Sketch of the medical history of the native army of Bombay, for the year
Year: 1872
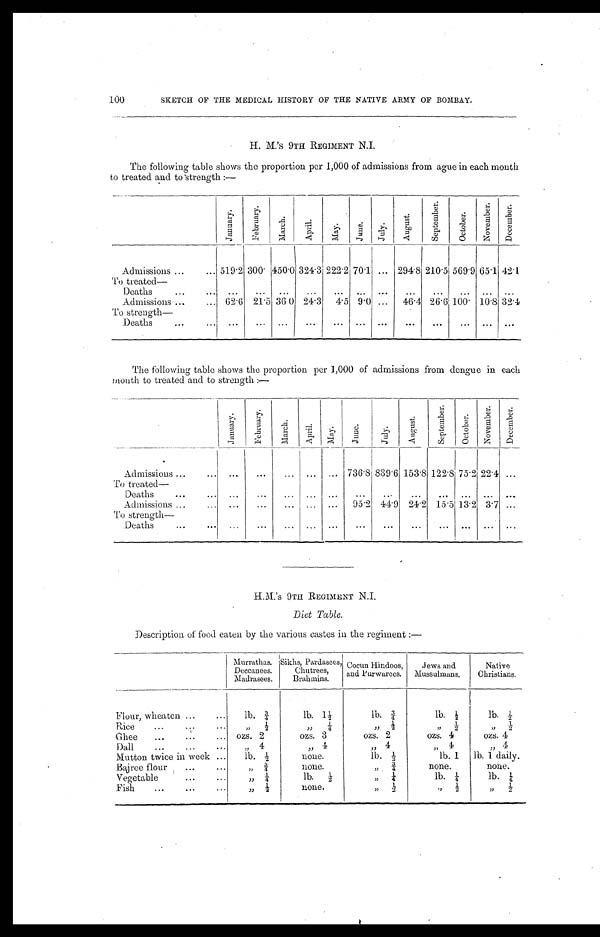
100
SKETCH OF THE MEDICAL HISTORY OF THE NATIVE ARMY OF BOMBAY.
H. M.'S 9TH REGIMENT N.I.
The following table shows the proportion per 1,000 of admissions from ague in each month
to treated and to strength:—
J a n u a r y .
F e b r u a r y .
M a r c h .
A p r i l .
May.
J u n e .
J u l y .
A u g u s t .
S e p t e m b e r .
O c t o b e r .
N o v e m b e r .
D e c e m b e r .
Admissions . . . 519.2 300. 450.0 324.3 222.2 70.1
. . . 294.8 210.5 569.9 65.1 42.1
To treated
—
Deaths . . .
. . .
. . .
. . .
. . .
. . . . . .
. . .
. . .
. . .
. . .
. . .
. . .
Admissions . . . 62.6 21.5 36.0 24.3
4.5 9.0
. . .
46.4 26.6 100. 10.8 32.4
To strength—
Deaths . . .
. . .
. . .
. . .
. . .
. . . . . .
. . .
. . .
. . .
. . .
. . .
. . .
The following table shows the proportion per 1,000 of admissions from dengue in each
month to treated and to strength:—
J a n u a r y .
F e b r u a r y .
M a r c h
A p r i l .
M a y .
J u n e .
July.
A u g u s t .
S e p t e m b e r .
O c t o b e r
N o v e m b e r .
D e c e m b e r .
Admissions . . .
. . .
. . .
. . .
. . .
. . .
736.8 839.6 153.8 122.8 75.2 22.4
. . .
To treated—
Deaths . . .
. . .
. . .
. . .
. . .
. . .
. . .
. . .
. . .
. . .
. . .
. . .
. . .
Admissions . . .
. . .
. . .
. . .
. . .
. . .
95.2 44.9 24.2 15.5 13.2 3.7
. . .
To strength—
Deaths . . .
. . .
. . .
. . .
. . .
. . .
. . .
. . .
. . .
. . . . . .
. . .
. . .
H.M.'s 9TH REGIMENT N.I.
Diet Table.
Description of food eaten by the various castes in the regiment:—
Murrathas.
Deccanees.
Madrasees.
Sikhs, Pardasees,
Chutrees,
Brahmins.
Cocun Hindoos
and Purwarees.
Jews and
Mussulmans.
Native
Christians.
Flour, wheaten . . .
lb. ¾
lb. 1½
lb. ¾
lb. ½
lb. ½
Rice . . .
" ½
" ¼
" ½
" ½
" ½
Ghee . . .
ozs. 2
ozs. 3
ozs. 2
ozs. 4
ozs. 4
Dall . . .
" 4
" 4
" 4
" 4
" 4
Mutton twice in week . . .
lb. ½
none.
lb. ½
lb. 1
lb. 1 daily.
Bajree flour . . .
" ¾
none.
" ¾
none.
none.
Vegetable . . .
" ¼
lb. ½
" ¼
lb. ¼
lb. ¼
Fish . . .
" ½
none.
" ½
" ½
" ½